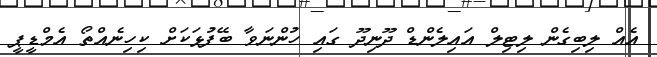
އެއްް ލިބިގެން ލިޓިލް އައިލެންޑް ދޫނިދޫ ގައި ހުންނަވާ ބޭފުޅަކަށް ކިހިނެއްތޯ އެމްޑީޕީ